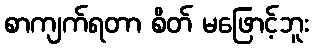
စာကျက်ရတာ စိတ် မဖြောင့်ဘူး